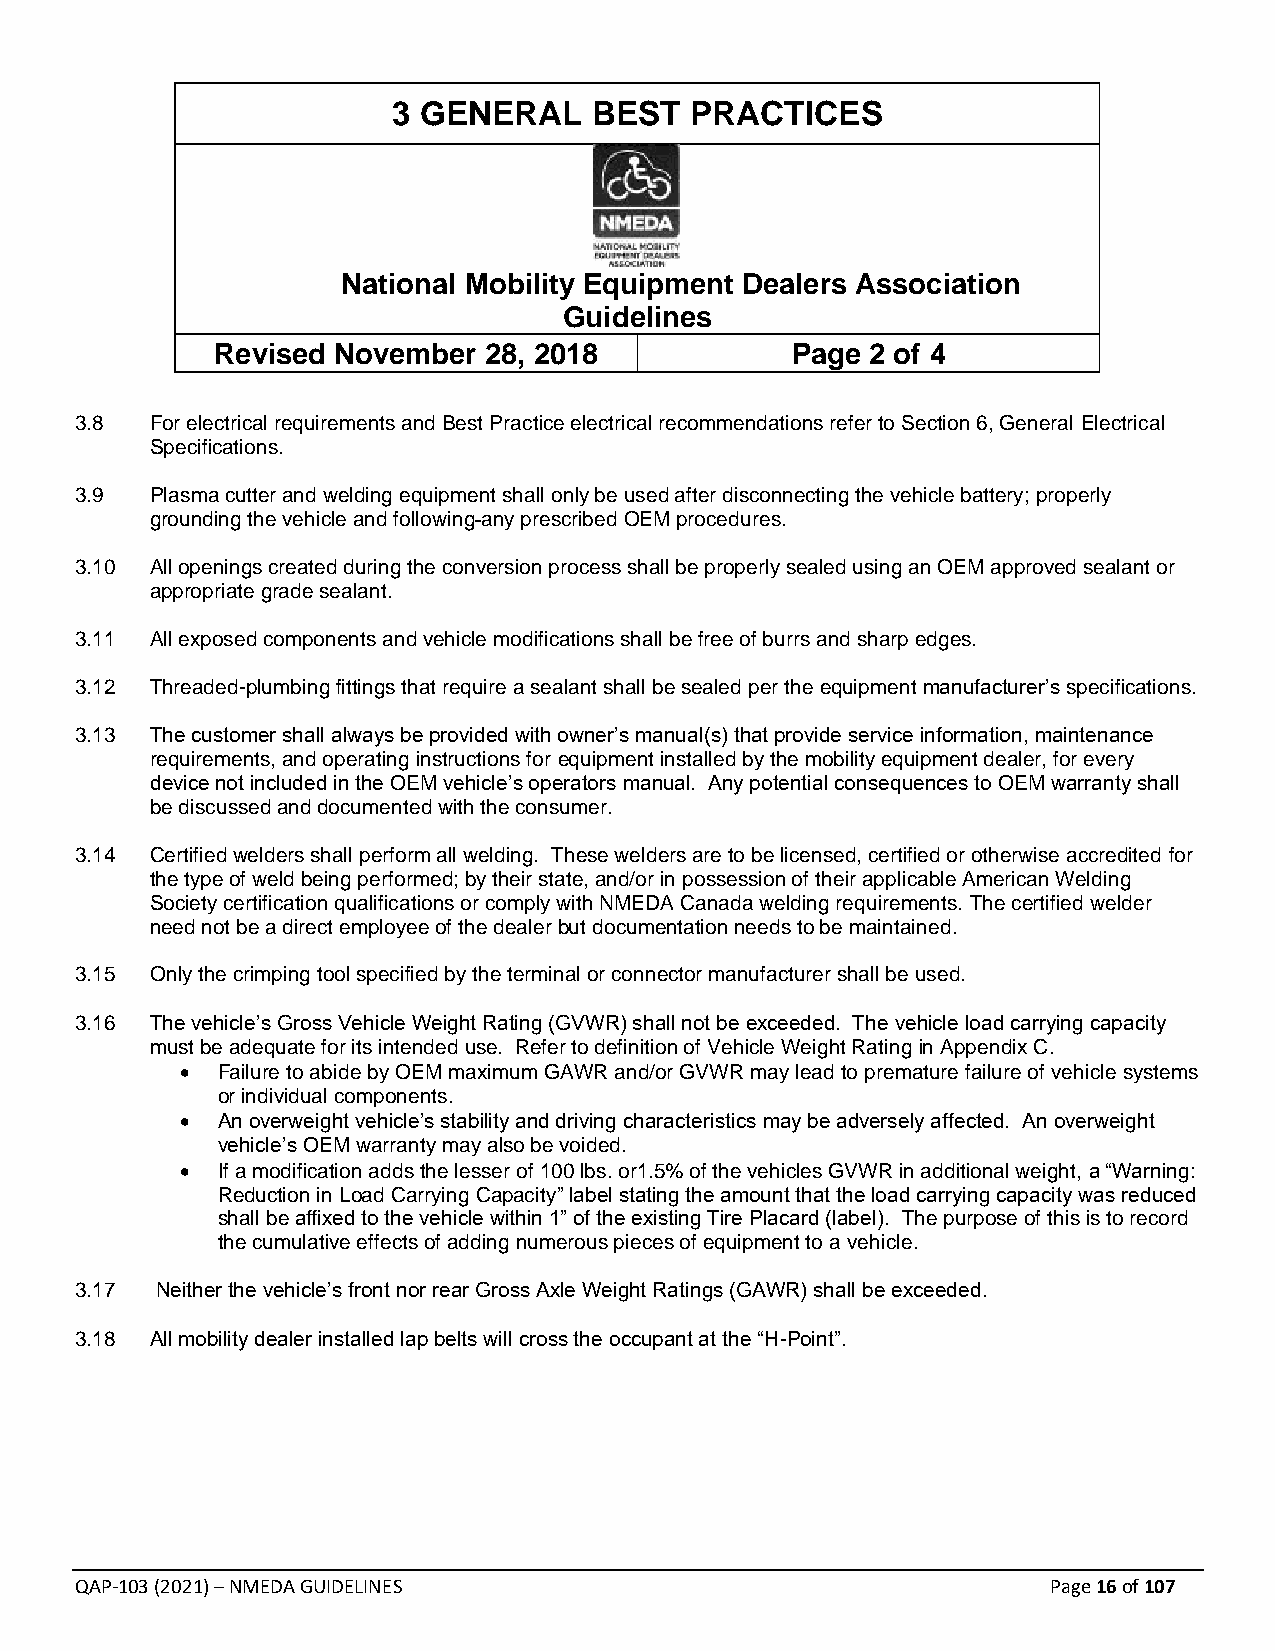
3 GENERAL    BEST   PRACTICES
 National Mobility Equipment Dealers Association
 Guidelines
 Revised November  28, 2018            Page  2 of 4
 3.8  For electrical requirements and Best Practice electrical recommendations refer to Section 6, General Electrical
 Specifications.
 3.9  Plasma cutter and welding equipment shall only be used after disconnecting the vehicle battery; properly
 grounding the vehicle and following any prescribed OEM procedures.
 3.10 All openings created during the conversion process shall be properly sealed using an OEM approved sealant or
 appropriate grade sealant.
 3.11 All exposed components and vehicle modifications shall be free of burrs and sharp edges.
 3.12 Threaded-plumbing fittings that require a sealant shall be sealed per the equipment manufacturer’s specifications.
 3.13 The customer shall always be provided with owner’s manual(s) that provide service information, maintenance
 requirements, and operating instructions for equipment installed by the mobility equipment dealer, for every
 device not included in the OEM vehicle’s operators manual. Any potential consequences to OEM warranty shall
 be discussed and documented with the consumer.
 3.14 Certified welders shall perform all welding. These welders are to be licensed, certified or otherwise accredited for
 the type of weld being performed; by their state, and/or in possession of their applicable American Welding
 Society certification qualifications or comply with NMEDA Canada welding requirements. The certified welder
 need not be a direct employee of the dealer but documentation needs to be maintained.
 3.15 Only the crimping tool specified by the terminal or connector manufacturer shall be used.
 3.16 The vehicle’s Gross Vehicle Weight Rating (GVWR) shall not be exceeded. The vehicle load carrying capacity
 must be adequate for its intended use. Refer to definition of Vehicle Weight Rating in Appendix C.
 • Failure to abide by OEM maximum GAWR and/or GVWR may lead to premature failure of vehicle systems
 or individual components.
 • An overweight vehicle’s stability and driving characteristics may be adversely affected. An overweight
 vehicle’s OEM warranty may also be voided.
 • If a modification adds the lesser of 100 lbs. or1.5% of the vehicles GVWR in additional weight, a “Warning:
 Reduction in Load Carrying Capacity” label stating the amount that the load carrying capacity was reduced
 shall be affixed to the vehicle within 1” of the existing Tire Placard (label). The purpose of this is to record
 the cumulative effects of adding numerous pieces of equipment to a vehicle.
 3.17 Neither the vehicle’s front nor rear Gross Axle Weight Ratings (GAWR) shall be exceeded.
 3.18 All mobility dealer installed lap belts will cross the occupant at the “H-Point”.
 QAP-103 (2021) – NMEDA GUIDELINES                                Page 16 of 107